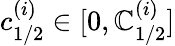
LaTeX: c_{1/2}^{(i)}\in[0,\mathbb{C}_{1/2}^{(i)}]